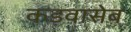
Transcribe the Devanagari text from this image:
कड़वासेब